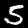
Digit: 5